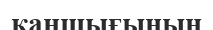
қаншығының